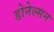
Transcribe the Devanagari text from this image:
डोनेल्सन